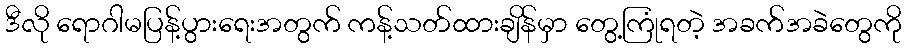
ဒီလို ရောဂါမပြန့်ပွားရေးအတွက် ကန့်သတ်ထားချိန်မှာ တွေ့ကြုံရတဲ့ အခက်အခဲတွေကို